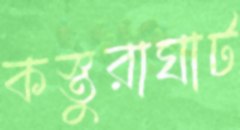
কস্তুরাঘাট